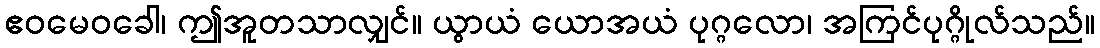
ဧဝမေဝခေါ၊ ဤအူတသာလျှင်။ ယွာယံ ယောအယံ ပုဂ္ဂလော၊ အကြင်ပုဂ္ဂိုလ်သည်။